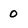
Character: 0